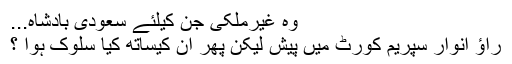
وہ غیرملکی جن کیلئے سعودی بادشاہ...
راﺅ انوار سپریم کورٹ میں پیش لیکن پھر ان کیساتھ کیا سلوک ہوا ؟